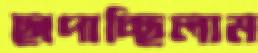
ছাপাচ্ছিলাম